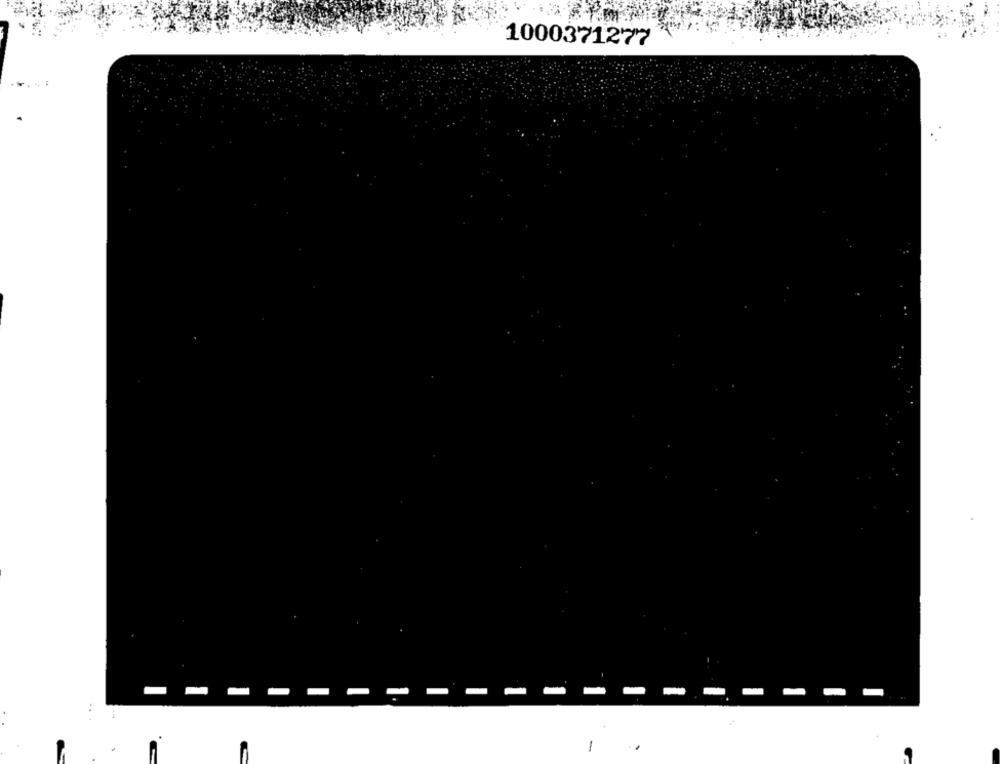
1000371277
-
-
-
-
C